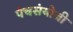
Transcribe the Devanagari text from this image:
पंचसंयोजी